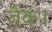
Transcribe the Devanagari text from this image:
जैक।